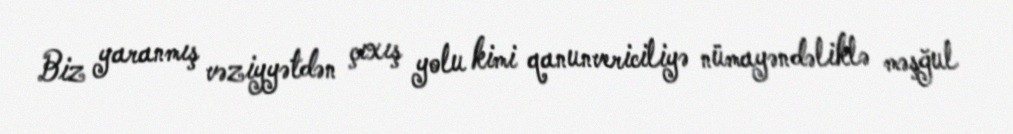
Biz yaranmış vəziyyətdən çıxış yolu kimi qanunvericiliyə nümayəndəliklə məşğul